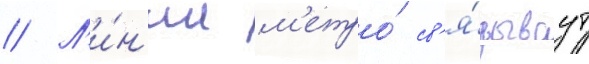
// Л'и́н'ии м'етро́ св'я́зываут